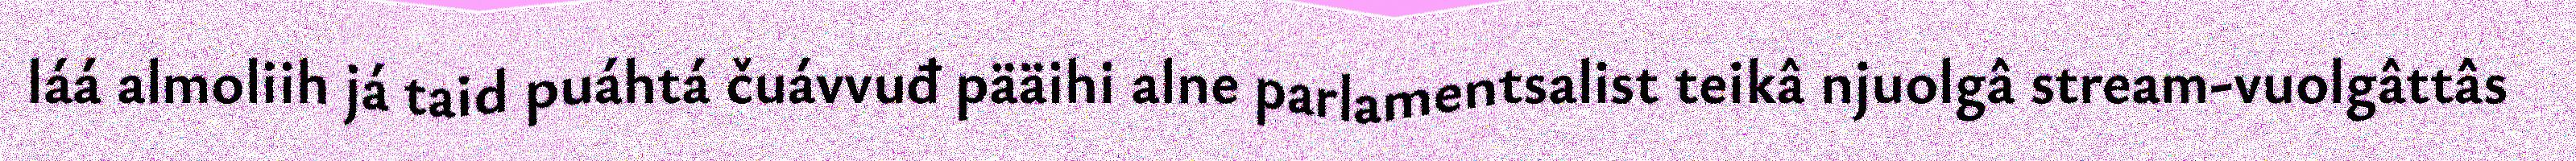
láá almoliih já taid puáhtá čuávvuđ pääihi alne parlamentsalist teikâ njuolgâ stream-vuolgâttâs